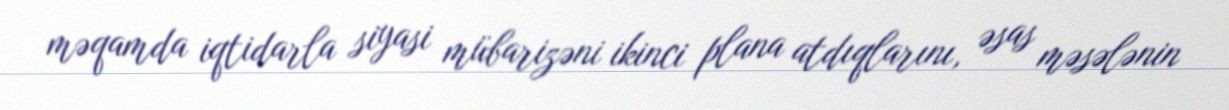
məqamda iqtidarla siyasi mübarizəni ikinci plana atdıqlarını, əsas məsələnin